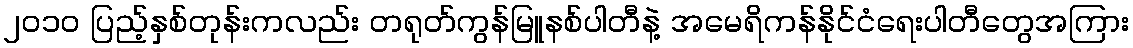
၂၀၁၀ ပြည့်နှစ်တုန်းကလည်း တရုတ်ကွန်မြူနစ်ပါတီနဲ့ အမေရိကန်နိုင်ငံရေးပါတီတွေအကြား